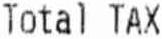
TOTAL TAX